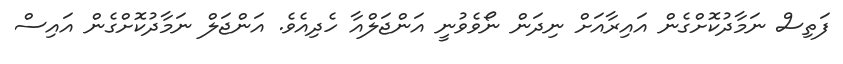
ފަތިސް ނަމާދުކޮށްގެން އައިރާއަށް ނިދަން ނޯވެވުނީ އަންޖަލްއާ ހެދިއެވެ. އަންޖަލް ނަމާދުކޮށްގެން އައިސް